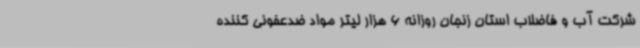
شرکت آب و فاضلاب استان زنجان روزانه 6 هزار لیتر مواد ضدعفونی کننده